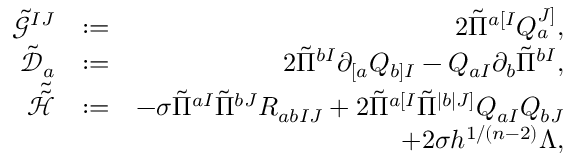
\begin{array} { r l r } { \tilde { \mathcal { G } } ^ { I J } } & { : = } & { 2 \tilde { \Pi } ^ { a [ I } Q _ { a } ^ { J ] } , } \\ { \tilde { \mathcal { D } } _ { a } } & { : = } & { 2 \tilde { \Pi } ^ { b I } \partial _ { [ a } Q _ { b ] I } - Q _ { a I } \partial _ { b } \tilde { \Pi } ^ { b I } , } \\ { \tilde { \tilde { \mathcal { H } } } } & { : = } & { - \sigma \tilde { \Pi } ^ { a I } \tilde { \Pi } ^ { b J } R _ { a b I J } + 2 \tilde { \Pi } ^ { a [ I } \tilde { \Pi } ^ { | b | J ] } Q _ { a I } Q _ { b J } } \\ & { } & { + 2 \sigma h ^ { 1 / ( n - 2 ) } \Lambda , } \end{array}